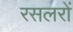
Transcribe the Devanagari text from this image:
रसलरों